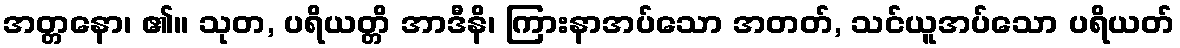
အတ္တနော၊ ၏။ သုတ, ပရိယတ္တိ အာဒီနိ၊ ကြားနာအပ်သော အတတ်, သင်ယူအပ်သော ပရိယတ်